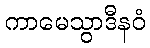
ကာမေသွာဒီနဝံ